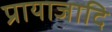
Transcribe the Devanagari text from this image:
प्रायाजादि